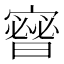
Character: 𱚙